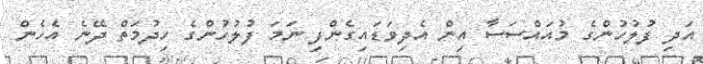
އަދި ފުލުހުންގެ މުއައްސަސާ އިން އެދިވަޑައިގެންފި ނަމަ ފުލުހުންގެ ހިދުމަތް ދޭނެ އެހެން